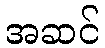
အဆင်